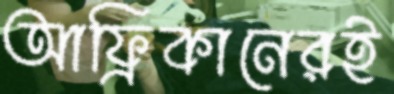
আফ্রিকানেরই